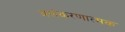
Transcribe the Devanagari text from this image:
अलंकरणात्मक